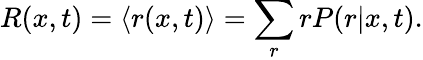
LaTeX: R(x,t)=\langle{r(x,t)}\rangle{}=\sum_{r}rP(r|x,t).